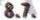
8.7.